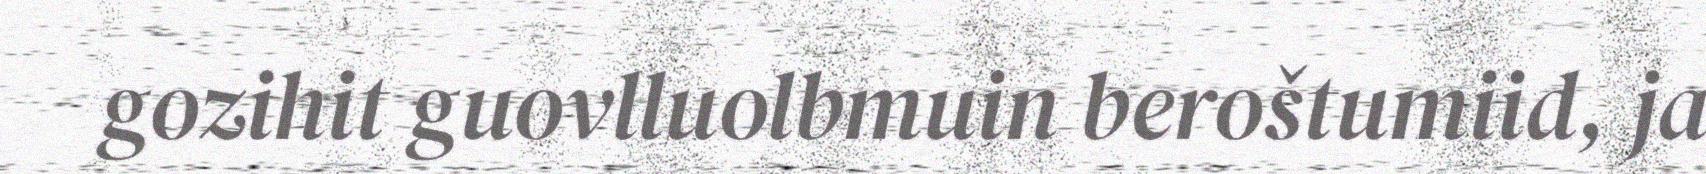
gozihit guovlluolbmuin beroštumiid, ja